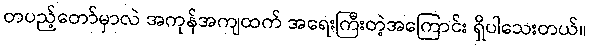
တပည့်တော်မှာလဲ အကုန်အကျထက် အရေးကြီးတဲ့အကြောင်း ရှိပါသေးတယ်။